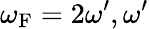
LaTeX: \omega_{\mathrm{{F}}}=2\omega^{\prime},\omega^{\prime}